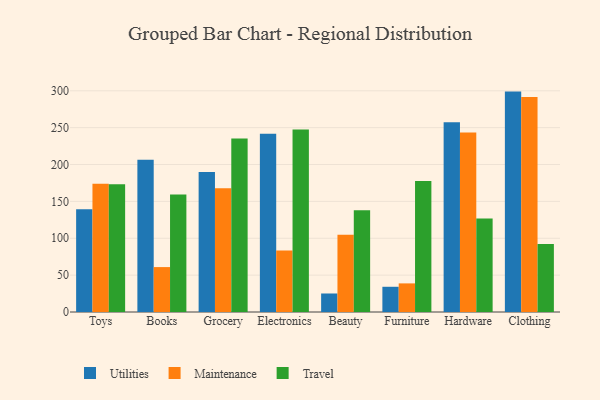
{"axis": {"x": "Category", "y": "Gross Profit (USD K)"}, "legend": ["Maintenance", "Travel", "Utilities"], "data": [{"x": "Toys", "y": 139.3, "type": "Utilities"}, {"x": "Toys", "y": 174.0, "type": "Maintenance"}, {"x": "Toys", "y": 173.4, "type": "Travel"}, {"x": "Books", "y": 206.5, "type": "Utilities"}, {"x": "Books", "y": 60.9, "type": "Maintenance"}, {"x": "Books", "y": 159.3, "type": "Travel"}, {"x": "Grocery", "y": 189.8, "type": "Utilities"}, {"x": "Grocery", "y": 167.9, "type": "Maintenance"}, {"x": "Grocery", "y": 235.2, "type": "Travel"}, {"x": "Electronics", "y": 241.9, "type": "Utilities"}, {"x": "Electronics", "y": 83.5, "type": "Maintenance"}, {"x": "Electronics", "y": 247.6, "type": "Travel"}, {"x": "Beauty", "y": 25.1, "type": "Utilities"}, {"x": "Beauty", "y": 104.8, "type": "Maintenance"}, {"x": "Beauty", "y": 138.0, "type": "Travel"}, {"x": "Furniture", "y": 34.2, "type": "Utilities"}, {"x": "Furniture", "y": 38.8, "type": "Maintenance"}, {"x": "Furniture", "y": 177.5, "type": "Travel"}, {"x": "Hardware", "y": 257.3, "type": "Utilities"}, {"x": "Hardware", "y": 243.4, "type": "Maintenance"}, {"x": "Hardware", "y": 126.7, "type": "Travel"}, {"x": "Clothing", "y": 298.9, "type": "Utilities"}, {"x": "Clothing", "y": 291.7, "type": "Maintenance"}, {"x": "Clothing", "y": 92.3, "type": "Travel"}]}